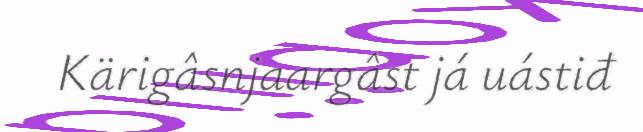
Kärigâsnjaargâst já uástiđ